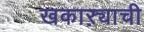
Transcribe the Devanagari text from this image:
खकाऱ्याची